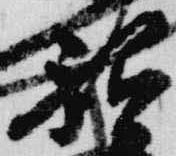
祇